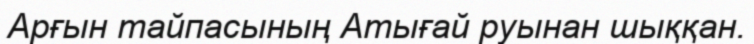
Арғын тайпасының Атығай руынан шыққан.